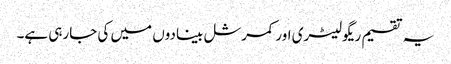
یہ تقسیم ریگولیٹری اور کمرشل بینادوں میں کی جارہی ہے۔